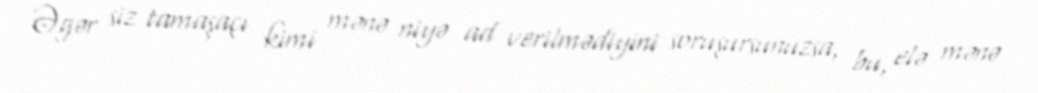
Əgər siz tamaşaçı kimi mənə niyə ad verilmədiyini soruşursunuzsa, bu, elə mənə